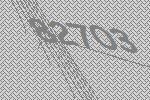
82703